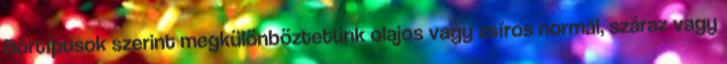
Bőrtípusok szerint megkülönböztetünk olajos vagy zsíros normál, száraz vagy